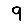
Digit: 9